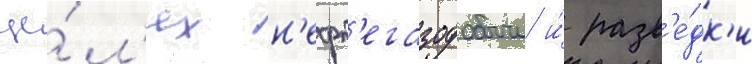
це́л'ях н'ефт'егазодобычи и́ разв'е́дк'и